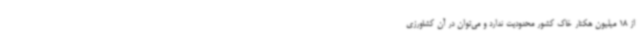
از 18 میلیون هکتار خاک کشور محدودیت ندارد و می‌توان در آن کشاورزی